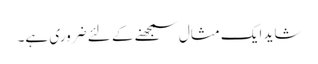
شاید ایک مثال سمجھنے کے لئے ضروری ہے۔